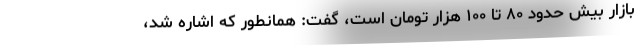
بازار بیش حدود ۸۰ تا ۱۰۰ هزار تومان است، گفت: همانطور که اشاره شد،